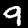
Label: 9